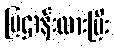
ပြဌာန်းထားပြီး